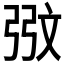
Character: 𮱸